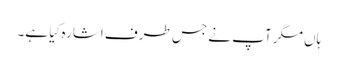
ہاں مگر آپ نے جس طرف اشارہ کِیا ہے۔